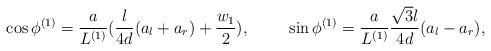
LaTeX: \begin{align*}\cos\phi^{(1)} =\frac{a}{L^{(1)}}(\frac{l}{4d}(a_l+a_r)+\frac{w_1}{2}),\hspace{1cm} \sin\phi^{(1)} =\frac{a}{L^{(1)}}\frac{\sqrt{3}l}{4d} (a_l-a_r),\end{align*}